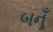
બનૂઁ